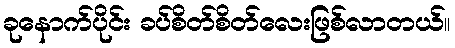
ခုနောက်ပိုင်း ခပ်စိတ်စိတ်လေးဖြစ်လာတယ်။